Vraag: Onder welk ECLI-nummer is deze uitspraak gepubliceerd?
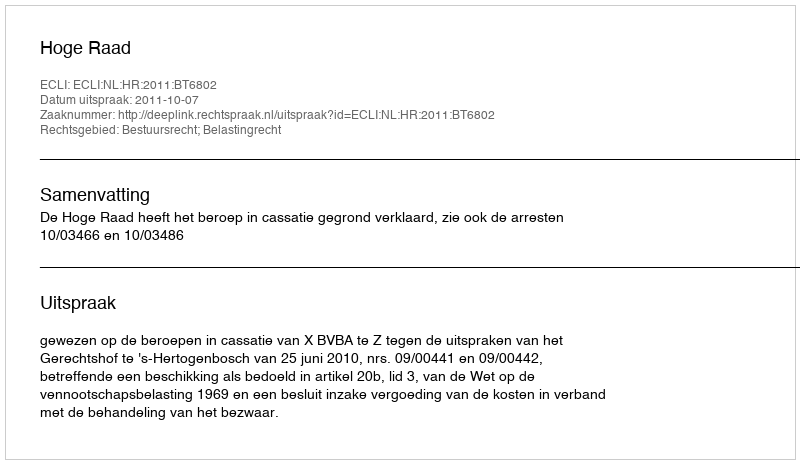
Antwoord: ECLI:NL:HR:2011:BT6802